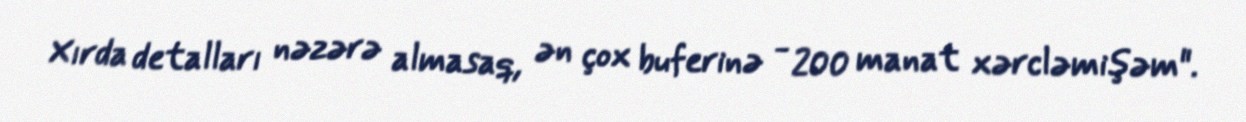
Xırda detalları nəzərə almasaq, ən çox buferinə - 200 manat xərcləmişəm".